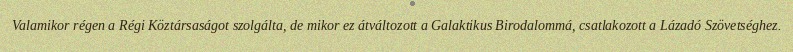
Valamikor régen a Régi Köztársaságot szolgálta, de mikor ez átváltozott a Galaktikus Birodalommá, csatlakozott a Lázadó Szövetséghez.